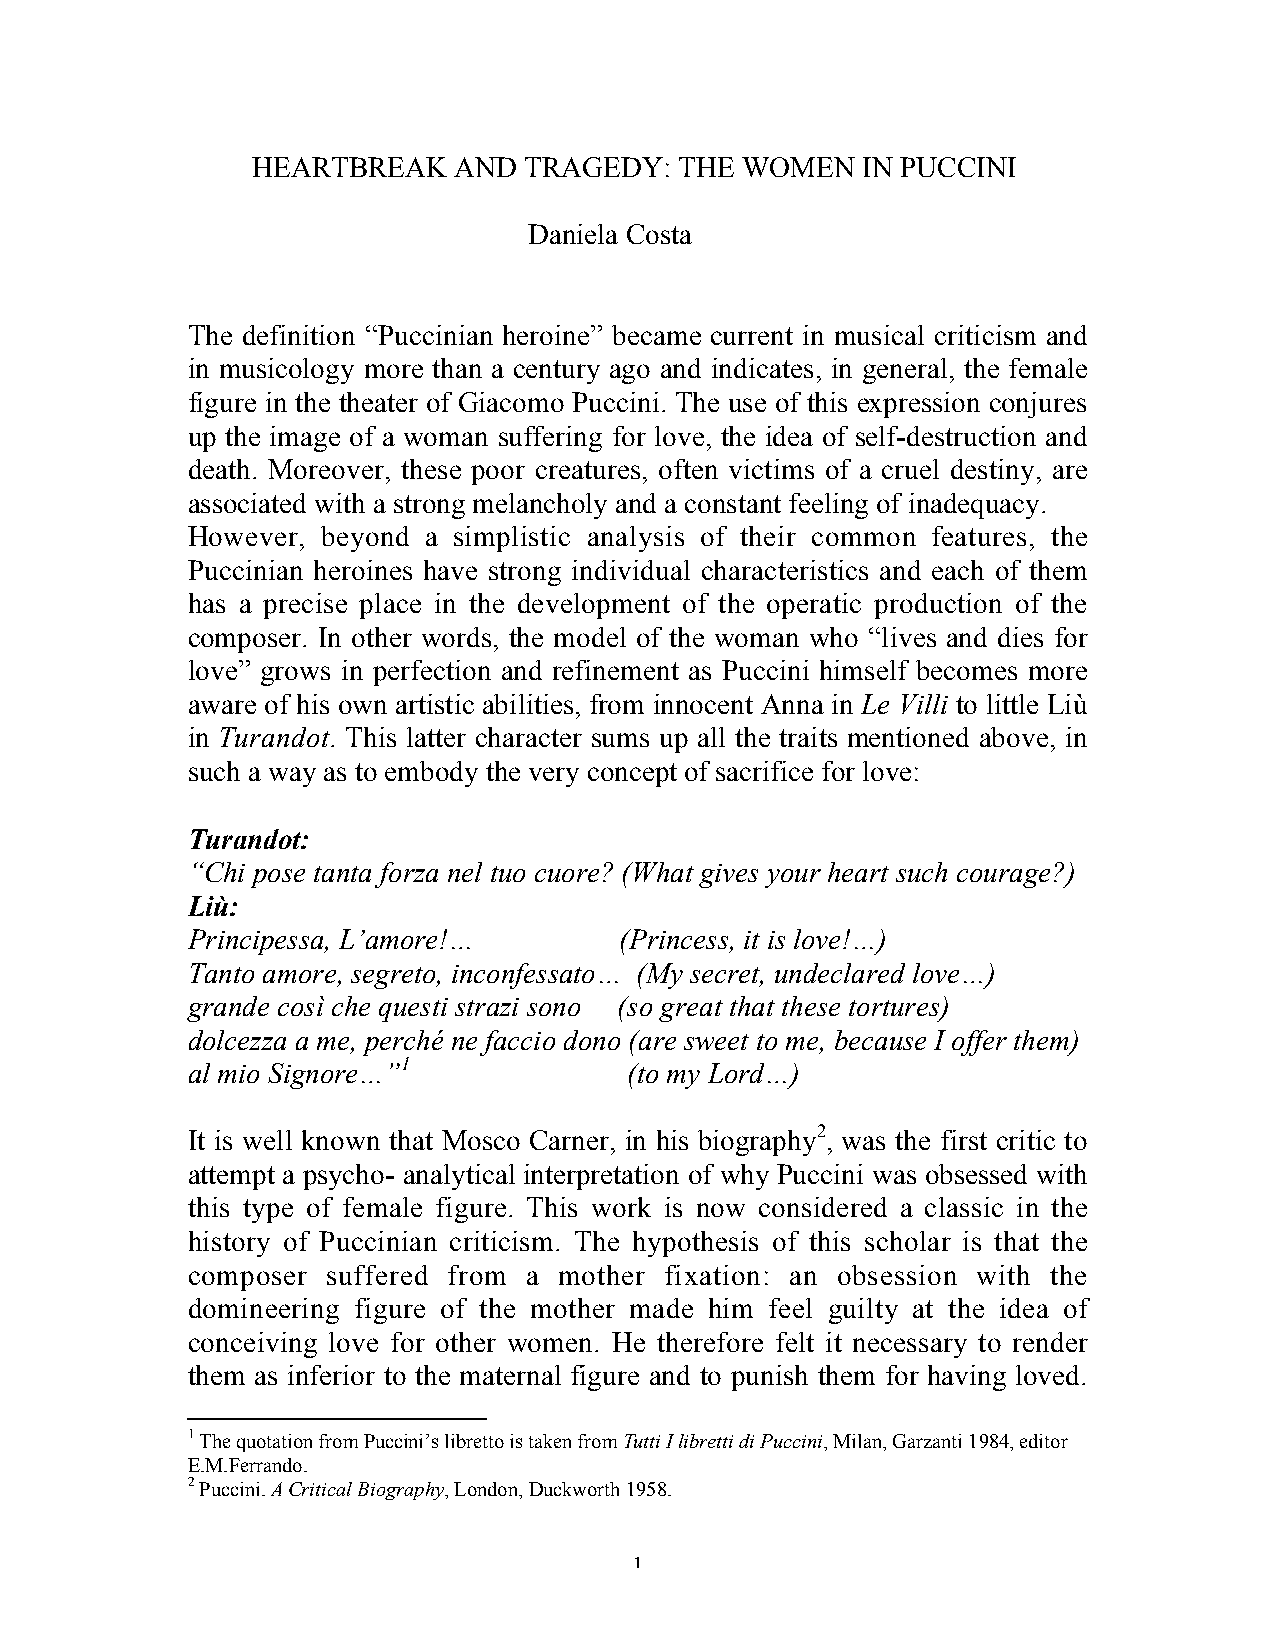
HEARTBREAK   AND  TRAGEDY:  THE WOMEN   IN PUCCINI
 Daniela Costa
 The definition “Puccinian heroine” became current in musical criticism and
 in musicology more than a century ago and indicates, in general, the female
 figure in the theater of Giacomo Puccini. The use of this expression conjures
 up the image of a woman suffering for love, the idea of self-destruction and
 death. Moreover, these poor creatures, often victims of a cruel destiny, are
 associated with a strong melancholy and a constant feeling of inadequacy.
 However, beyond a simplistic analysis of their common features, the
 Puccinian heroines have strong individual characteristics and each of them
 has a precise place in the development of the operatic production of the
 composer. In other words, the model of the woman who “lives and dies for
 love” grows in perfection and refinement as Puccini himself becomes more
 aware of his own artistic abilities, from innocent Anna in Le Villi to little Liù
 in Turandot. This latter character sums up all the traits mentioned above, in
 such a way as to embody the very concept of sacrifice for love:
 Turandot:
 “Chi pose tanta forza nel tuo cuore? (What gives your heart such courage?)
 Liù:
 Principessa, L’amore!…       (Princess, it is love!…)
 Tanto amore, segreto, inconfessato… (My secret, undeclared love…)
 grande così che questi strazi sono (so great that these tortures)
 dolcezza a me, perché ne faccio dono (are sweet to me, because I offer them)
 al mio Signore…”1             (to my Lord…)
 It is well known that Mosco Carner, in his biography2, was the first critic to
 attempt a psycho- analytical interpretation of why Puccini was obsessed with
 this type of female figure. This work is now considered a classic in the
 history of Puccinian criticism. The hypothesis of this scholar is that the
 composer  suffered from a mother fixation: an obsession with the
 domineering figure of the mother made him feel guilty at the idea of
 conceiving love for other women. He therefore felt it necessary to render
 them as inferior to the maternal figure and to punish them for having loved.
 1 The quotation from Puccini’s libretto is taken from Tutti I libretti di Puccini, Milan, Garzanti 1984, editor
 E.M.Ferrando.
 2 Puccini. A Critical Biography, London, Duckworth 1958.
 1